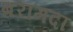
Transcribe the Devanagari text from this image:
बरांमदा